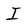
Character: I